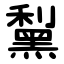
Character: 䵩